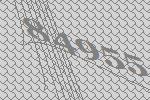
84955